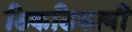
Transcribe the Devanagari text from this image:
ठिकठिकाणीं